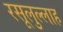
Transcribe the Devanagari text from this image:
रसूलुल्‍लाह